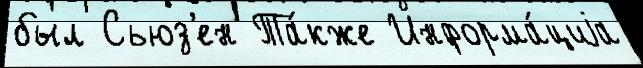
был Сьюз'ен Та́кже Информа́циjа